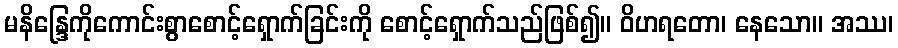
မနိန္ဒြေကိုကောင်းစွာစောင့်ရှောက်ခြင်းကို စောင့်ရှောက်သည်ဖြစ်၍။ ဝိဟရတော၊ နေသော။ အဿ၊